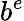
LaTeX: b^{e}